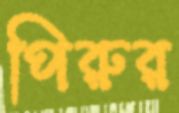
পিরুর